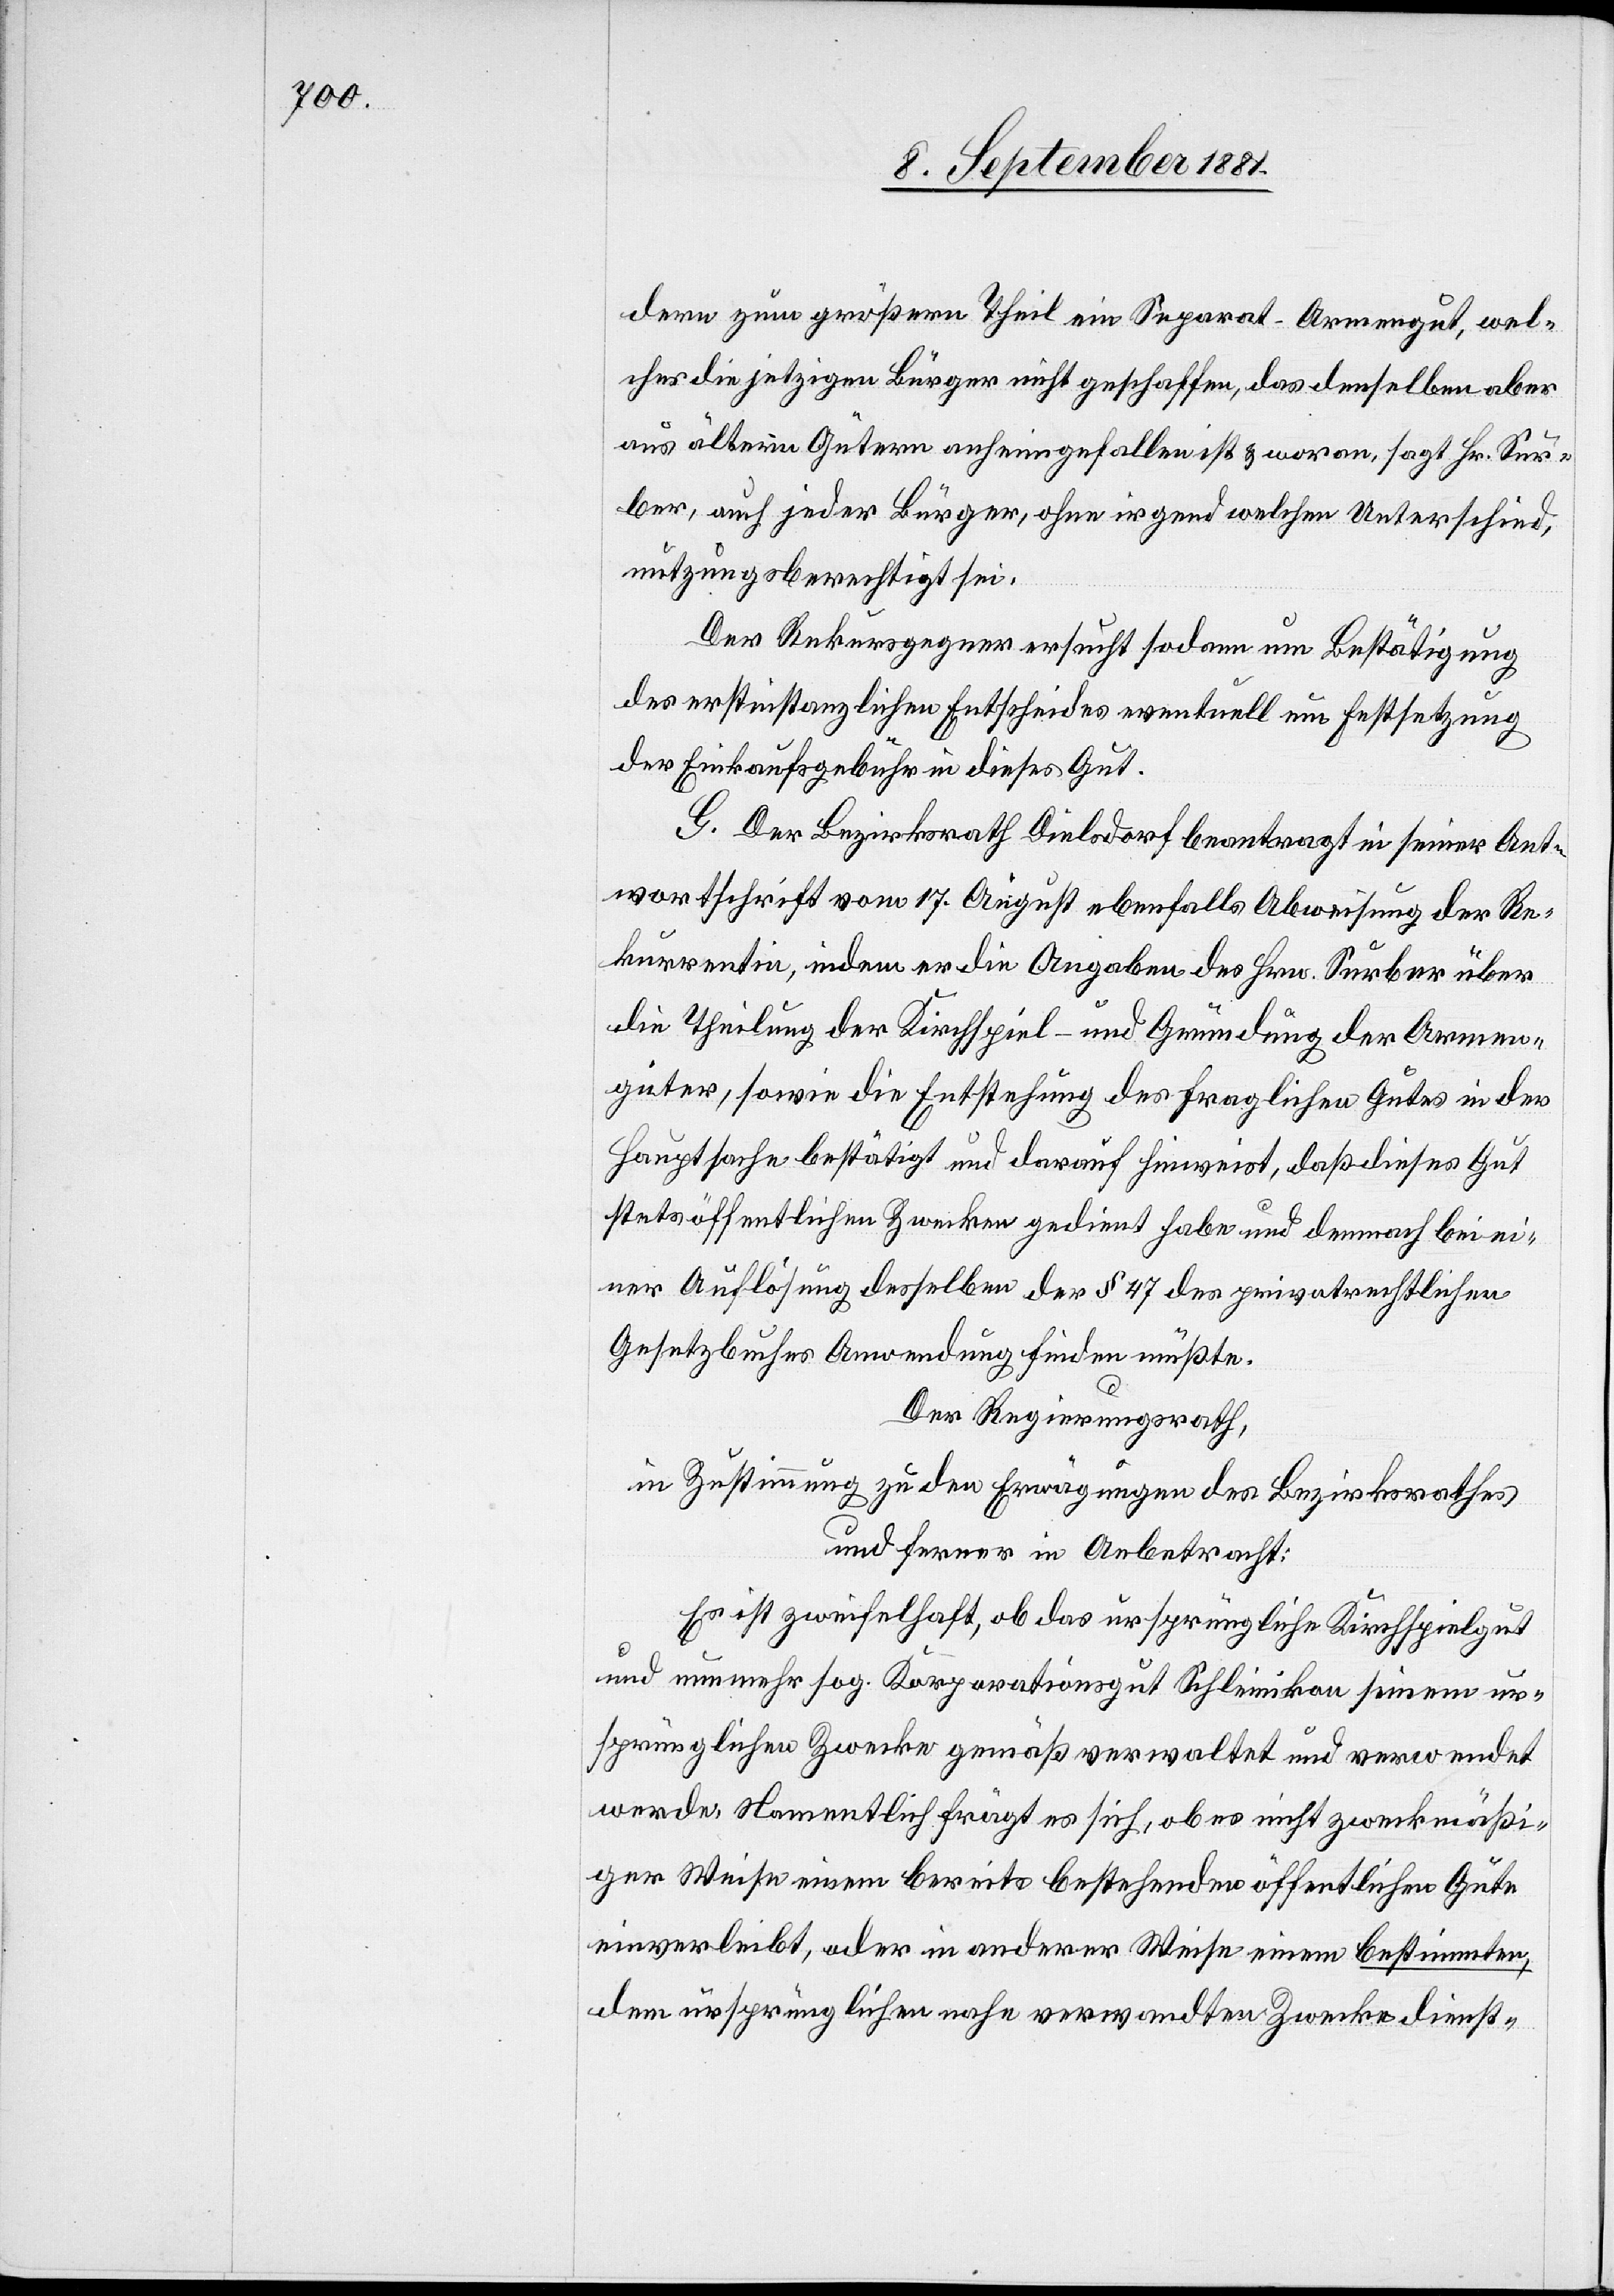
dern zum größern Theil ein Separat-Armengut, wel¬
ches die jetzigen Bürger nicht geschaffen, das demselben aber
aus ältern Gütern anheimgefallen ist & woran, sagt Hr. Sur¬
ber, auch jeder Bürger, ohne irgend welchen Unterschied,
nutzungsberechtigt sei.
Der Rekursgegner ersucht sodann um Bestätigung
des erstinstanzlichen Entscheides eventuell um Festsetzung
der Einkaufsgebühr in dieses Gut.
G. Der Bezirksrath Dielsdorf beantragt in seiner Ant¬
wortschrift vom 17. August ebenfalls Abweisung der Re¬
kurrentin, indem er die Angaben des Hrn. Surber über
die Theilung der Kirchspiel – und Gründung der Armend¬
güter, sowie die Entstehung des fraglichen Gutes in der
Hauptsache bestätigt und darauf hinweist, daß dieses Gut
stets öffentlichen Zwecken gedient habe und demnach bei ei¬
ner Auflösung desselben der § 47 des privatrechtlichen
Gesetzbuches Anwendung finden müßte.
Der Regierungsrath,
in Zustimmung zu den Erwägungen des Bezirksrathes
und ferner in Anbetracht:
Es ist zweifelhaft, ob das ursprüngliche Kirchspielgut
und nunmehr sog. Korporationsgut Schleinikon seinem ur¬
sprünglichen Zwecke gemäß verwaltet und verwendet
werde. Namentlich frägt es sich, ob es nicht zweckmäßi¬
ger Weise einem bereits bestehendem öffentlichen Gute
einverleibt, oder in anderer Weise einem bestimmten,
den ursprünglichen nahe verwandten Zwecke diest-